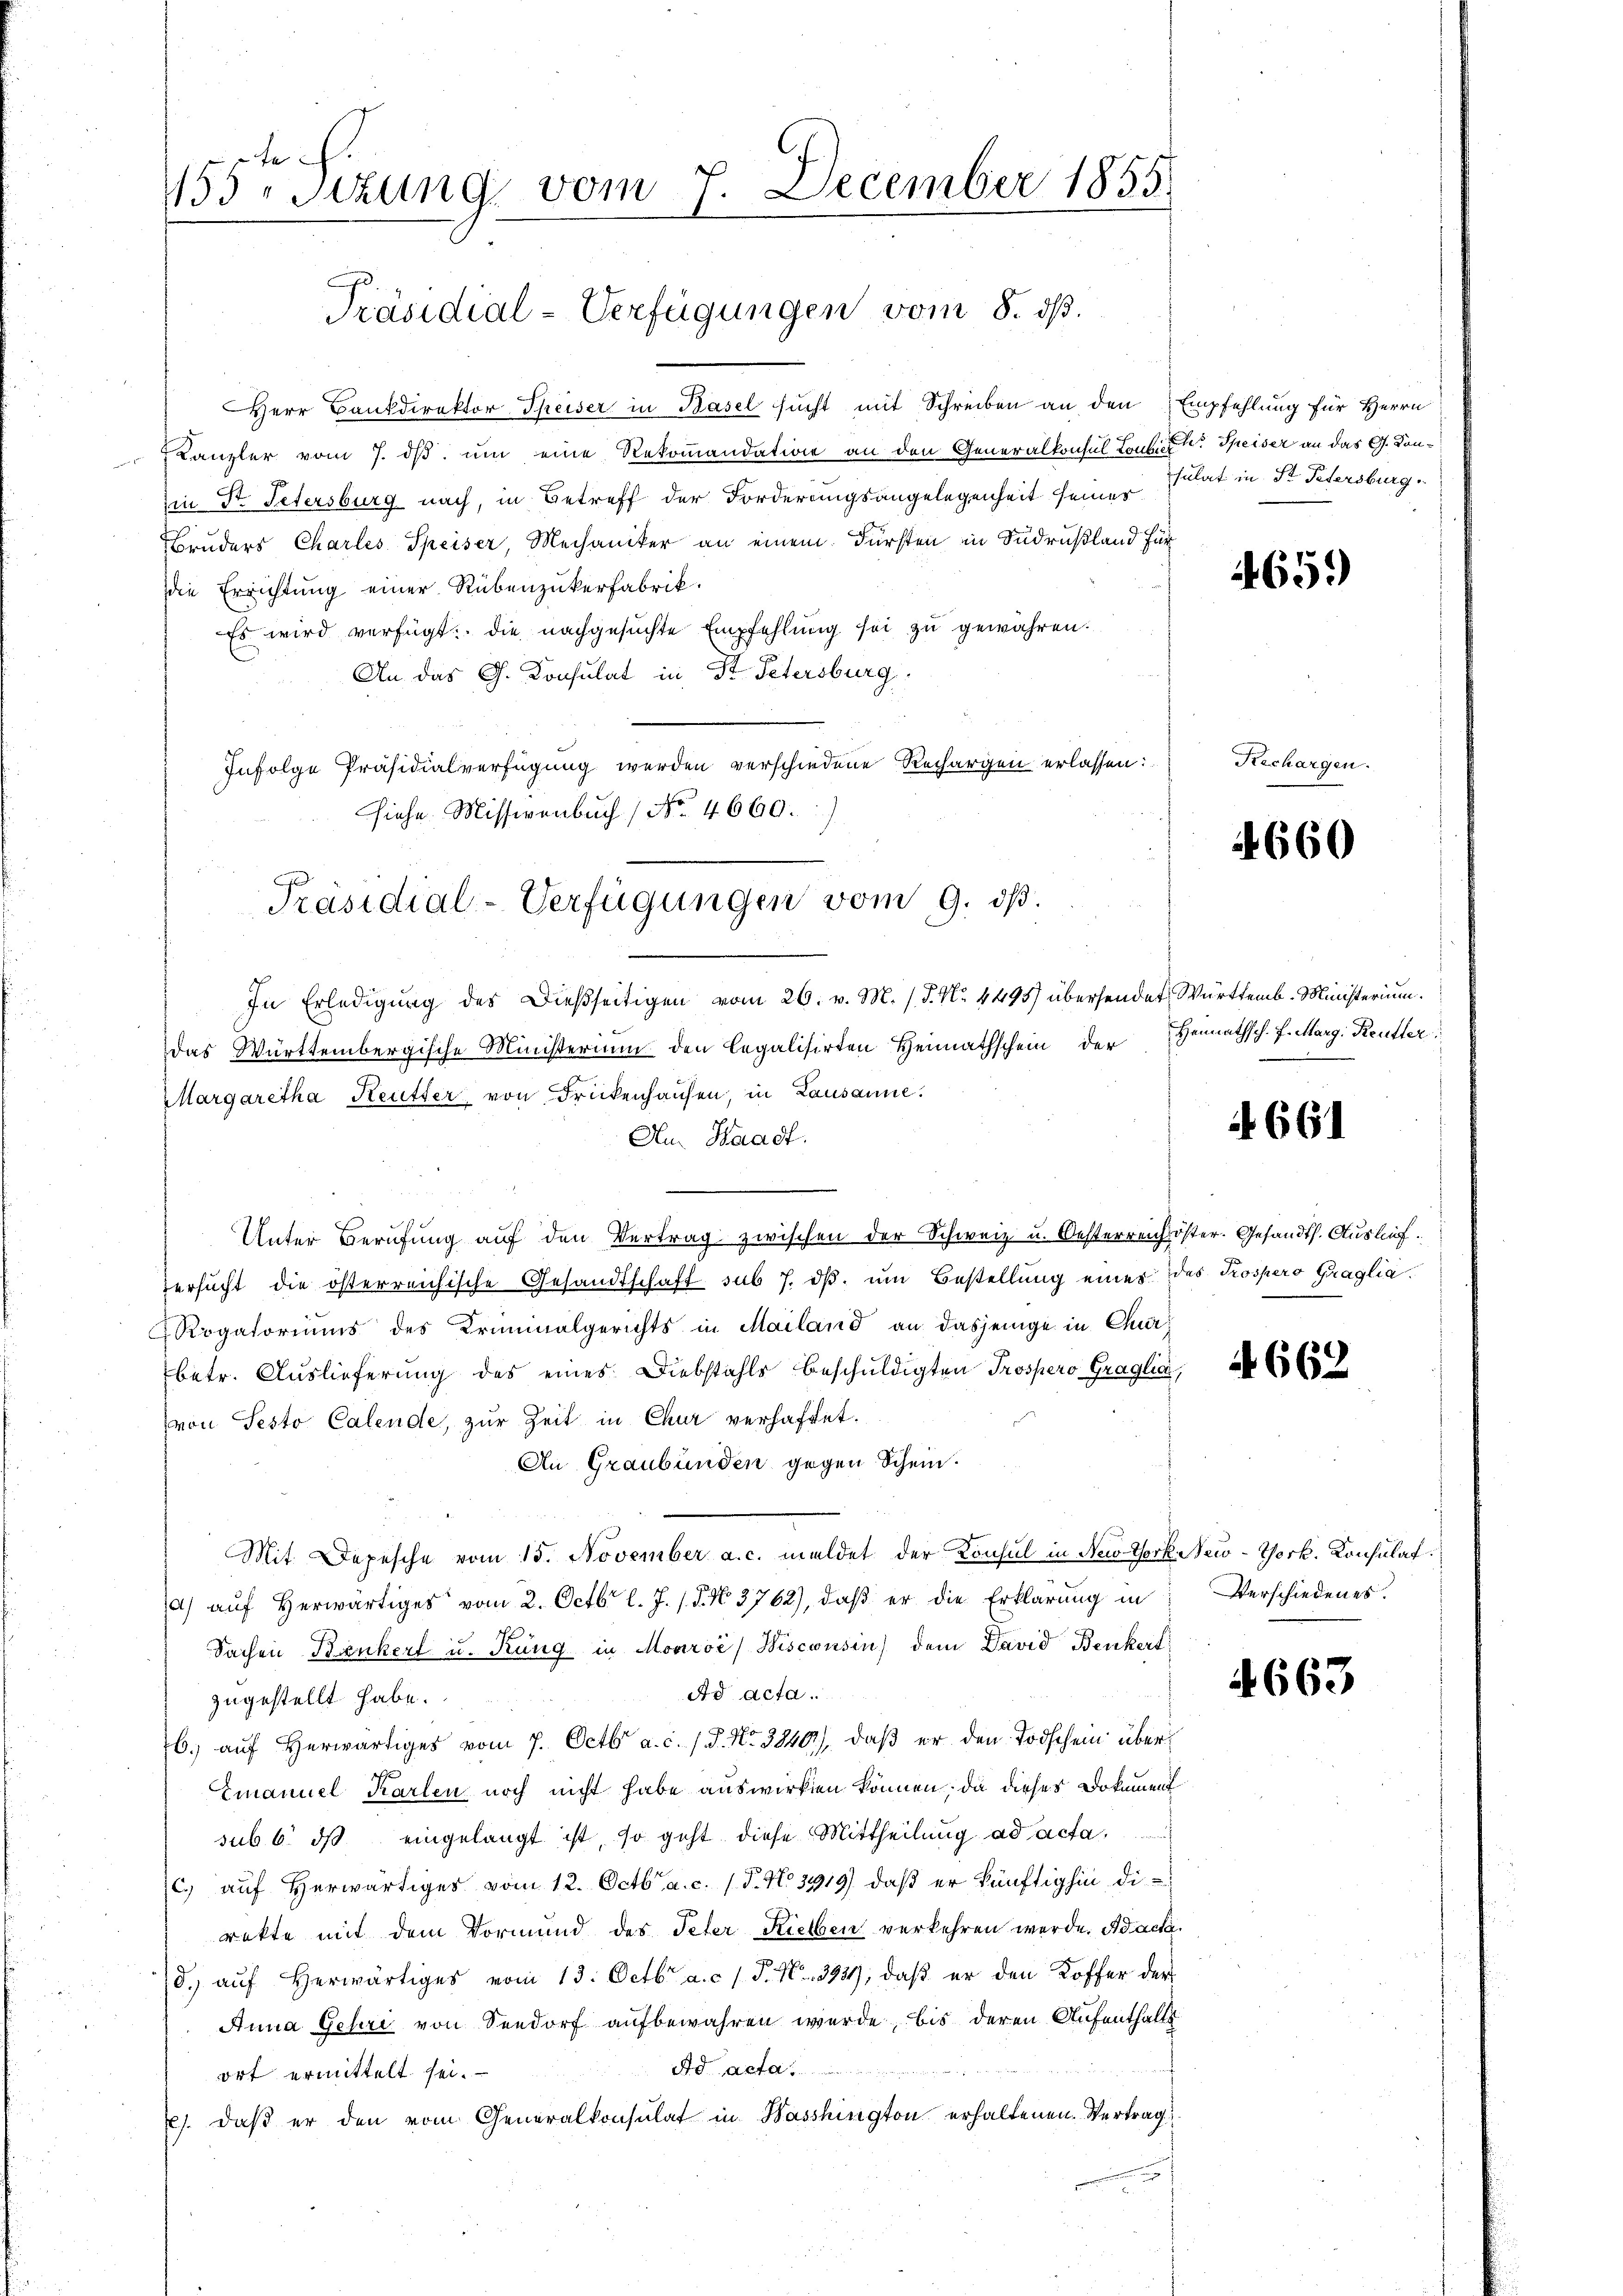
Herr Bankdirektor Theiser in Basel sucht mit Schreiben an den Empfehlung für Herrn
Kanzler vom 7. ds. um eine Rekommandation an den Generalkonsul Toutes. Speiser an das G. Konin St. Petersburg nach, in Betreff der Forderungsangelegenheit seiner sulat in St. Petersburg
Bruders Charles Speiser, Mechaniker an einem Fürsten in Sudrußland für
Die Errichtung einer Rübenzukerfabrik.
Es wird verfügt: die nachgesuchte Empfehlung sei zu gewähren.
An das G. Konsulat in St. Petersburg
Infolge Präsidialverfügung werden verschiedene Rechargen erlassen:
hiehe. Missivenbuch No. 4660.

fe
155. Sizung vom 7. December 1855.
Präsidial-Verfügungen vom 8. ds.

Präsidial-Verfügungen vom 9. dβ.

In Erledigung des Dießseitigen vom 26. v. M. (T. No. 4495) übersendet Württemb. Ministerium.
Das Württembergische Ministerium den legalisirten Heimathschein der Hennathsch. 7. Marg. Reutler
Margaretha Keutter von Frickenhausen, in Lausanne.
Au. Waadt.
Unter Berufung auf den Vertrag zwischen der Schweiz u. Oesterreich öster. Gesandts. Auslief.
ersucht die österreichische Gesandtschaft sub 7. dβ. um Bestellung eines des Prospero Graglia.
Rogatoriums des Kriminalgerichts in Mailand an dasjenige in Churbetr. Auslieferung des eines Diebstahls beschuldigten Prospero Graglia,
von Sesto Calende, zur Zeit in Chur verhaftet.
An Graubünden gegen Schein.
Mit Depesche vom 15. November a. c. meldet der Konsul in New-York New-York. Konsulat
a) auf herwärtiges vom 2. Octbr. l. J. J. N. 3762), daß er die Erklärung in
Sachen Benkert u. Kung in Mooroć) Bisconsin dem David Benkert
Ad Acta.
zugestellt habe.
b.) auf Herwärtiges vom 7. Octbr. a. c. 1 S. Nr. 3840), daß er den Todschein über
Emanuel Karlen noch nicht habe auswirken können, da dieser Dokument
sub 6. ds eingelangt ist, so geht diese Mittheilung ad acta,
c.) auf Herwärtiges vom 12. Octbr. a. c. (T. No 3919) daß er künftighin dierekte mit dem Vormund des Peter Rielben verkehren werde. Adacka
8. aŭf herwärtiges vom 13. Octbr. a. c. 1 P. Nr. 393, daβ er den Koffer der
Anna Gehri von Seedorf aufbewahren werde, bis deren Aufenthalts
o te
ort ermittelt sei.
21. daß er den vom Generalkonsulat in Wasshington erhaltenen Vertrag

465.

Rechargen.

660

A. 661

4662

Verschiedenes.

4663